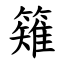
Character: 䉜